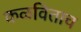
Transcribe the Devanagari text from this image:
कळविताच